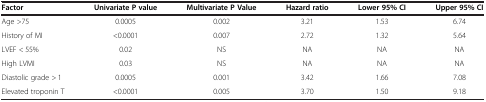
<table><thead><tr><td><b>Factor</b></td><td><b>Univariate P value</b></td><td><b>Multivariate P Value</b></td><td><b>Hazard ratio</b></td><td><b>Lower 95% CI</b></td><td><b>Upper 95% CI</b></td></tr></thead><tbody><tr><td>Age &gt;75</td><td>0.0005</td><td>0.002</td><td>3.21</td><td>1.53</td><td>6.74</td></tr><tr><td>History of MI</td><td>&lt;0.0001</td><td>0.007</td><td>2.72</td><td>1.32</td><td>5.64</td></tr><tr><td>LVEF &lt; 55%</td><td>0.02</td><td>NS</td><td>NA</td><td>NA</td><td>NA</td></tr><tr><td>High LVMI</td><td>0.03</td><td>NS</td><td>NA</td><td>NA</td><td>NA</td></tr><tr><td>Diastolic grade &gt; 1</td><td>0.0005</td><td>0.001</td><td>3.42</td><td>1.66</td><td>7.08</td></tr><tr><td>Elevated troponin T</td><td>&lt;0.0001</td><td>0.005</td><td>3.70</td><td>1.50</td><td>9.18</td></tr></tbody></table>